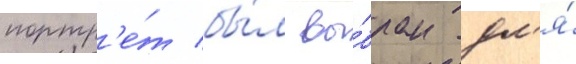
портр'е́т бы́л вы́бран дл'я́